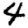
Digit: 4